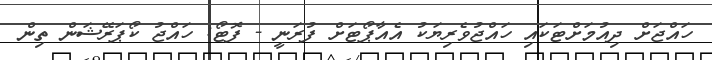
ހައްޖަށް ދިއުމަށްޓަކައި ހައްޖުވެރިޔަކު އެއާޕޯޓަށް ފުރަނީ - ފޮޓޯ: ހައްޖު ކޯޕަރޭޝަން ތިން